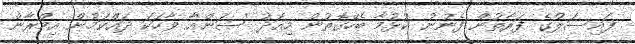
ފައިސަލްގެ ފަރާތުން ފެނުނު ކުޅުމާ ބެހޭގޮތުން މިއަދު 'ސަން'އާ ވާހަކަ ދައްކަމުން އިމްރާން